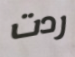
ردت